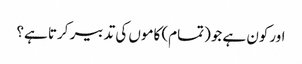
اورکون ہے جو(تمام) کاموں کی تدبیر کرتا ہے؟